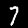
Digit: 7